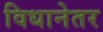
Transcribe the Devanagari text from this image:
विधानेतर